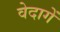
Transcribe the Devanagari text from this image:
वेदागें